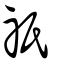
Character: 祇